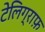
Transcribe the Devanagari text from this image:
टेलिग्राफ़